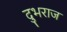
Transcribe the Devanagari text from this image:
दुभराज